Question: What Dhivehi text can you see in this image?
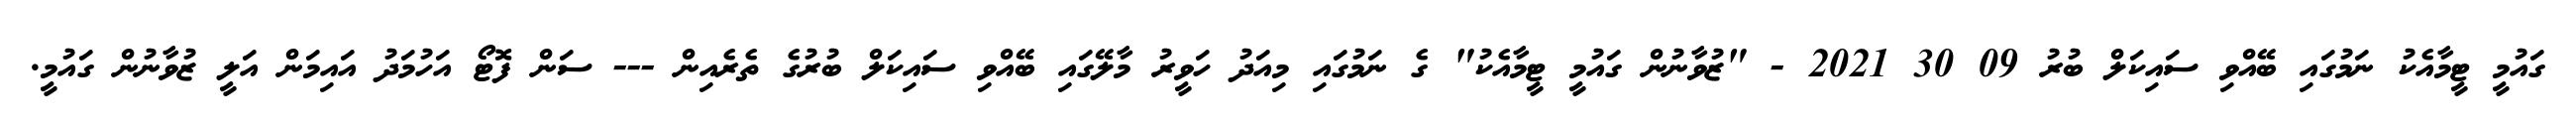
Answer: ގައުމީ ޓީމާއެކު ނަމުގައި ބޭއްވި ސައިކަލް ބުރު 09 30 2021 - "ޒުވާނުން ގައުމީ ޓީމާއެކު" ގެ ނަމުގައި މިއަދު ހަވީރު މާލޭގައި ބޭއްވި ސައިކަލް ބުރުގެ ތެރެއިން --- ސަން ފޮޓޯ އަހުމަދު އައިމަން އަލީ ޒުވާނުން ގައުމީ.